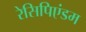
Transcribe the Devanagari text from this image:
रेसिपिएंडम